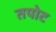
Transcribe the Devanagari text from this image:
तपोट